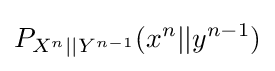
P_{X^{n}||Y^{n-1}}(x^{n}||y^{n-1})